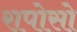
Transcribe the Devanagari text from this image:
रापोसो